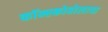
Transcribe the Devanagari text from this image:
कॉन्स्कोवोलाचा